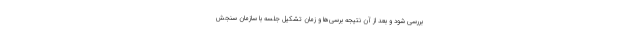
بررسی شود و بعد از آن نتیجه برسی‌ها و زمان تشکیل جلسه با سازمان سنجش